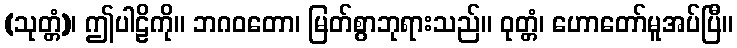
(သုတ္တံ)၊ ဤပါဠိကို။ ဘဂဝတော၊ မြတ်စွာဘုရားသည်။ ဝုတ္တံ၊ ဟောတော်မူအပ်ပြီ။